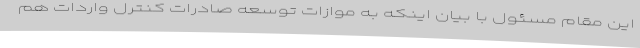
این مقام مسئول با بیان اینکه به موازات توسعه صادرات کنترل واردات هم